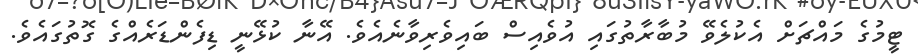
ޓީމުގެ މައްޗަށް އެކުލެވޭ މުބާރާތުގައި އުވެއިސް ބައިވެރިވާނެއެވެ. އޭނާ ކުޅޭނީ ޑިފެންޑަރެއްގެ ގޮތުގައެވެ.